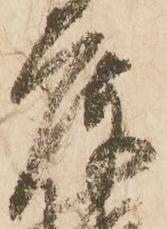
庫